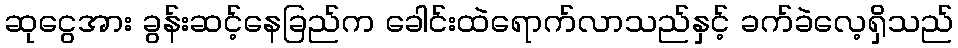
ဆုငွေအား ခွန်းဆင့်နေခြည်က ခေါင်းထဲရောက်လာသည်နှင့် ခက်ခဲလေ့ရှိသည်